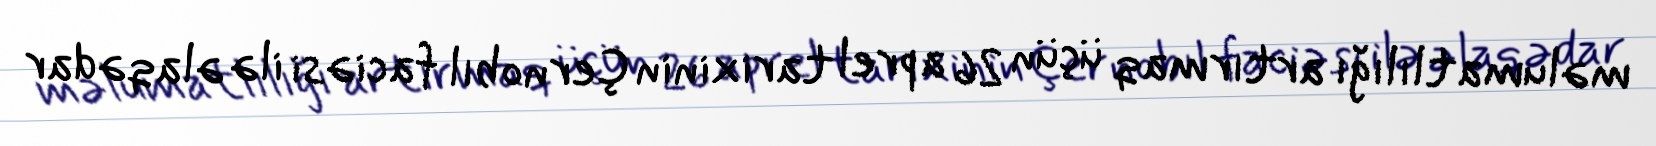
məlumatlılığı artırmaq üçün 26 aprel tarixinin Çernobıl faciəsi ilə əlaqədar